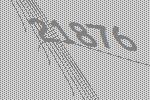
21876